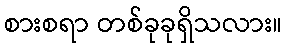
စားစရာ တစ်ခုခုရှိသလား။